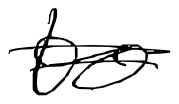
Text: to
Cross-out: double-line
Writing tool: digital_black